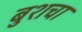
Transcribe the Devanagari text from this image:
बुशचा